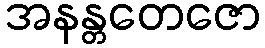
အနန္တတေဇော